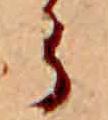
ら